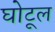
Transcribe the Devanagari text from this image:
घोटूल